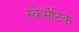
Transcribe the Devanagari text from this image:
स्केमॅटिक